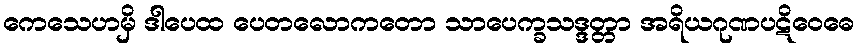
ကေသေဟမှိ ဒါပေထ ပေတလောကတော သာပေက္ခသဒ္ဒတ္တာ အရိယဂုဏပဋိဝေဓေ